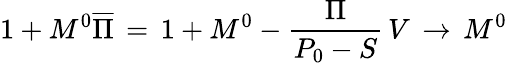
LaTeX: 1+M^{0}\overline{{\Pi}}\, =\, 1+M^{0}-{\frac{\Pi}{P_{0}-S}}\, V\, \to\, M^{0}